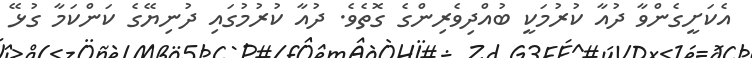
އެކަށީގެންވާ ދުއާ ކުރުމަކީ ބުއްދިވެރިންގެ ގޮތެވެ. ދުއާ ކުރުމުގައި ދުނިޔޭގެ ކަންކަމާ ގުޅޭ